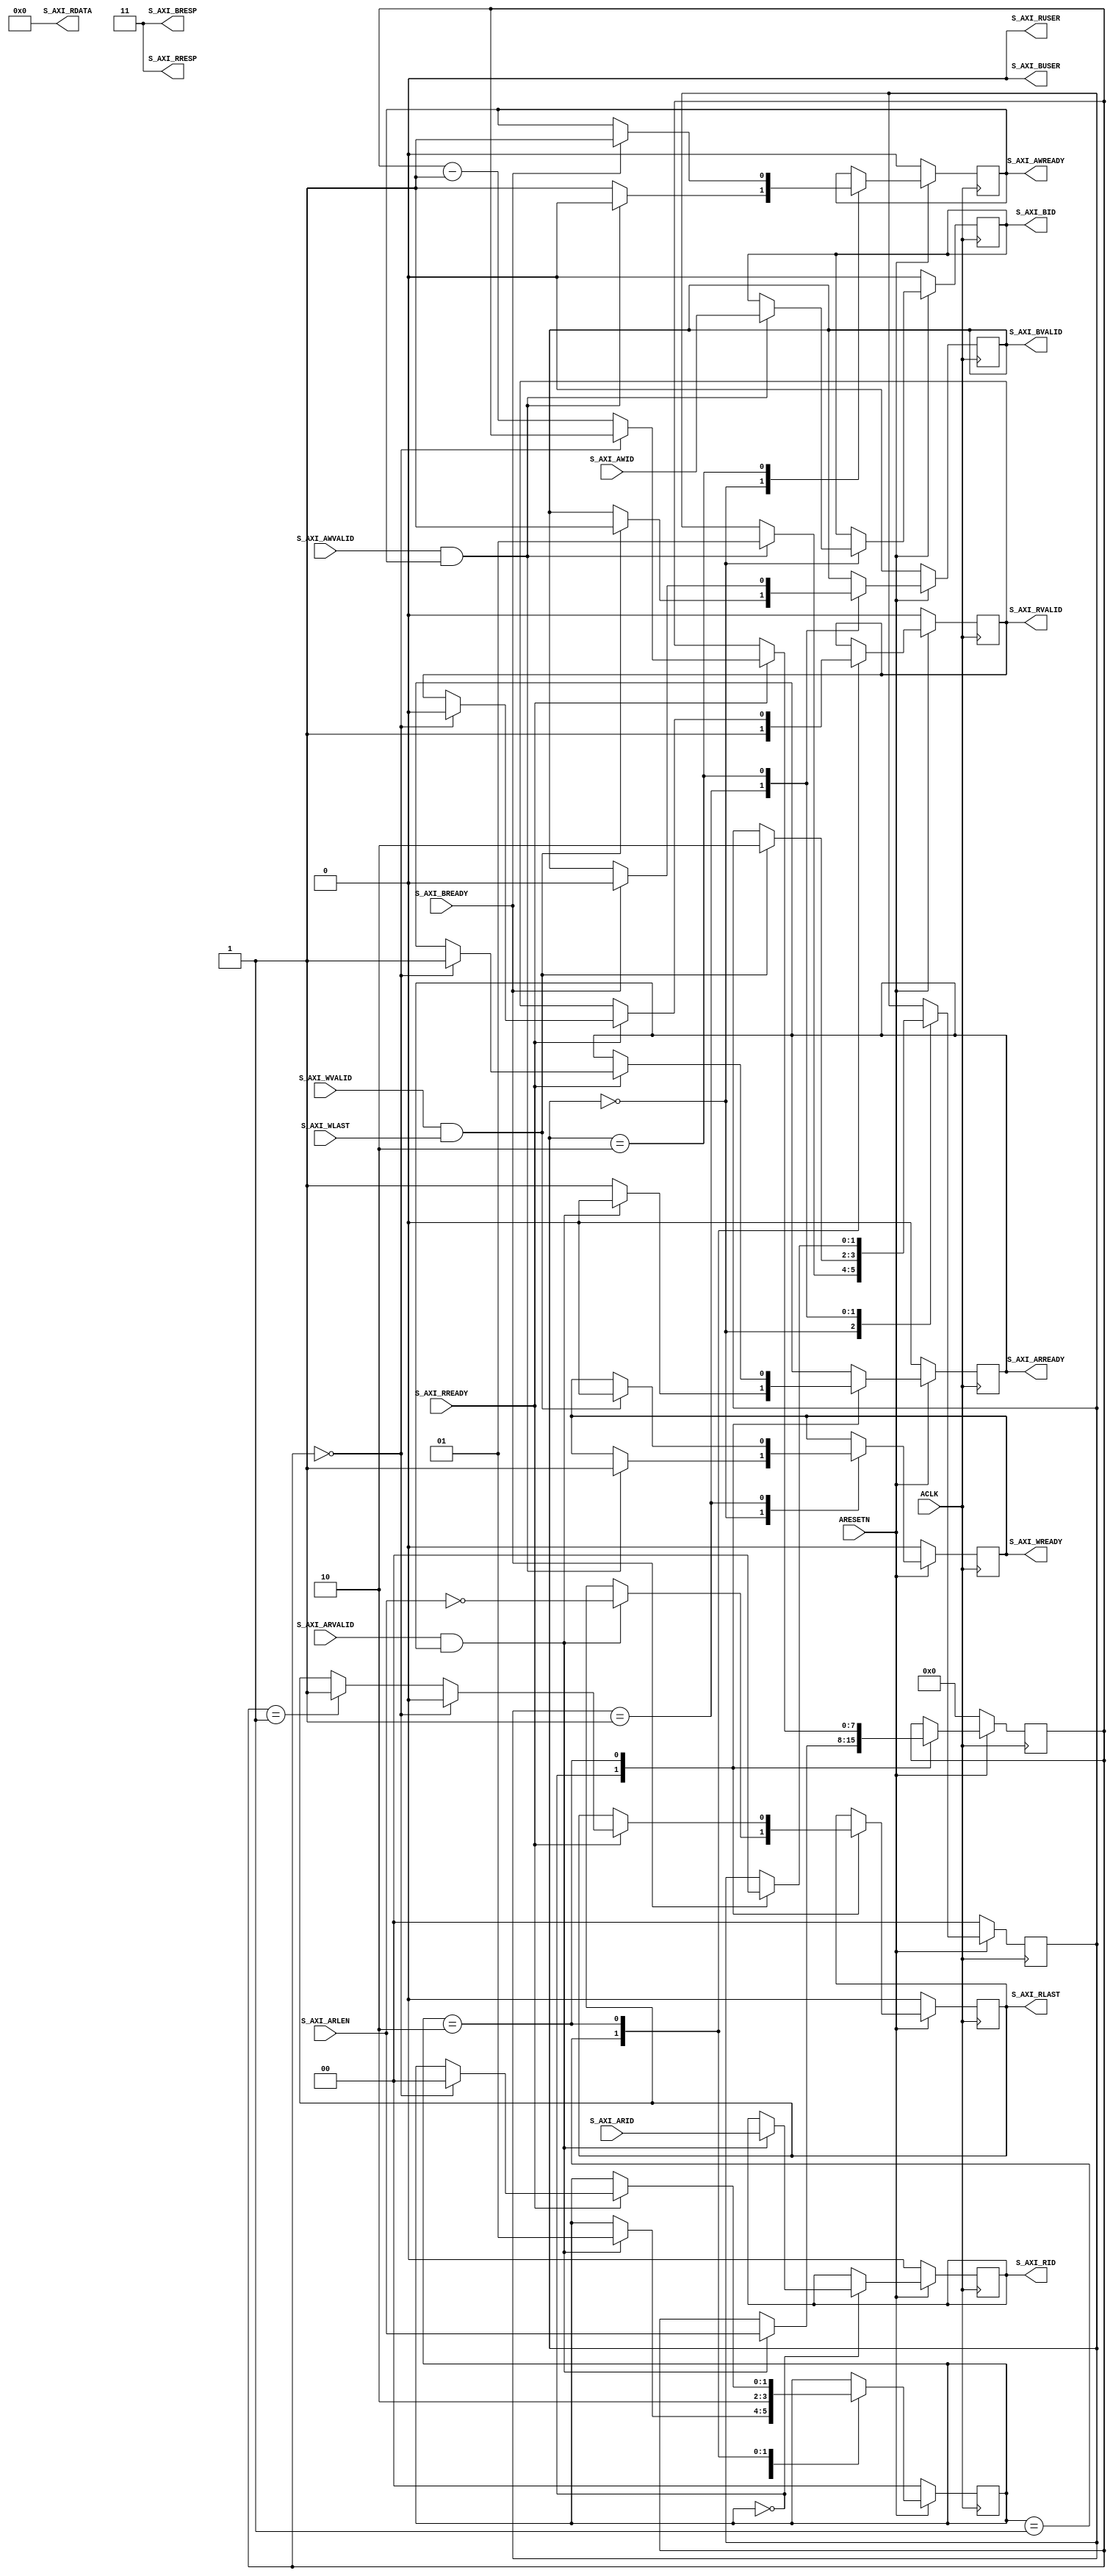
module axi_protocol_converter_v2_1_decerr_slave #
  (
   parameter integer C_AXI_ID_WIDTH           = 1,
   parameter integer C_AXI_DATA_WIDTH         = 32,
   parameter integer C_AXI_BUSER_WIDTH        = 1,
   parameter integer C_AXI_RUSER_WIDTH        = 1,
   parameter integer C_AXI_PROTOCOL           = 0,
   parameter integer C_RESP                   = 2'b11,
   parameter integer C_IGNORE_ID              = 0
   )
  (
   input   wire                                         ACLK,
   input   wire                                         ARESETN,
   input   wire [(C_AXI_ID_WIDTH-1):0]                  S_AXI_AWID,
   input   wire                                         S_AXI_AWVALID,
   output  wire                                         S_AXI_AWREADY,
   input   wire                                         S_AXI_WLAST,
   input   wire                                         S_AXI_WVALID,
   output  wire                                         S_AXI_WREADY,
   output  wire [(C_AXI_ID_WIDTH-1):0]                  S_AXI_BID,
   output  wire [1:0]                                   S_AXI_BRESP,
   output  wire [C_AXI_BUSER_WIDTH-1:0]                 S_AXI_BUSER,
   output  wire                                         S_AXI_BVALID,
   input   wire                                         S_AXI_BREADY,
   input   wire [(C_AXI_ID_WIDTH-1):0]                  S_AXI_ARID,
   input   wire [((C_AXI_PROTOCOL == 1) ? 4 : 8)-1:0]   S_AXI_ARLEN,
   input   wire                                         S_AXI_ARVALID,
   output  wire                                         S_AXI_ARREADY,
   output  wire [(C_AXI_ID_WIDTH-1):0]                  S_AXI_RID,
   output  wire [(C_AXI_DATA_WIDTH-1):0]                S_AXI_RDATA,
   output  wire [1:0]                                   S_AXI_RRESP,
   output  wire [C_AXI_RUSER_WIDTH-1:0]                 S_AXI_RUSER,
   output  wire                                         S_AXI_RLAST,
   output  wire                                         S_AXI_RVALID,
   input   wire                                         S_AXI_RREADY
   );
  reg s_axi_awready_i;
  reg s_axi_wready_i;
  reg s_axi_bvalid_i;
  reg s_axi_arready_i;
  reg s_axi_rvalid_i;
  localparam P_WRITE_IDLE = 2'b00;
  localparam P_WRITE_DATA = 2'b01;
  localparam P_WRITE_RESP = 2'b10;
  localparam P_READ_IDLE  = 2'b00;
  localparam P_READ_START = 2'b01;
  localparam P_READ_DATA  = 2'b10;
  localparam integer  P_AXI4 = 0;
  localparam integer  P_AXI3 = 1;
  localparam integer  P_AXILITE = 2;
  assign S_AXI_BRESP = C_RESP;
  assign S_AXI_RRESP = C_RESP;
  assign S_AXI_RDATA = {C_AXI_DATA_WIDTH{1'b0}};
  assign S_AXI_BUSER = {C_AXI_BUSER_WIDTH{1'b0}};
  assign S_AXI_RUSER = {C_AXI_RUSER_WIDTH{1'b0}};
  assign S_AXI_AWREADY = s_axi_awready_i;
  assign S_AXI_WREADY = s_axi_wready_i;
  assign S_AXI_BVALID = s_axi_bvalid_i;
  assign S_AXI_ARREADY = s_axi_arready_i;
  assign S_AXI_RVALID = s_axi_rvalid_i;
  generate
  if (C_AXI_PROTOCOL == P_AXILITE) begin : gen_axilite
    reg s_axi_rvalid_en;
    assign S_AXI_RLAST = 1'b1;
    assign S_AXI_BID = 0;
    assign S_AXI_RID = 0;
    always @(posedge ACLK) begin
      if (~ARESETN) begin
        s_axi_awready_i <= 1'b0;
        s_axi_wready_i <= 1'b0;
        s_axi_bvalid_i <= 1'b0;
      end else begin
        if (s_axi_bvalid_i) begin
          if (S_AXI_BREADY) begin
            s_axi_bvalid_i <= 1'b0;
            s_axi_awready_i <= 1'b1;
          end
        end else if (S_AXI_WVALID & s_axi_wready_i) begin
            s_axi_wready_i <= 1'b0;
            s_axi_bvalid_i <= 1'b1;
        end else if (S_AXI_AWVALID & s_axi_awready_i) begin
          s_axi_awready_i <= 1'b0;
          s_axi_wready_i <= 1'b1;
        end else begin
          s_axi_awready_i <= 1'b1;
        end
      end
    end
    always @(posedge ACLK) begin
      if (~ARESETN) begin
        s_axi_arready_i <= 1'b0;
        s_axi_rvalid_i <= 1'b0;
        s_axi_rvalid_en <= 1'b0;
      end else begin
        if (s_axi_rvalid_i) begin
          if (S_AXI_RREADY) begin
            s_axi_rvalid_i <= 1'b0;
            s_axi_arready_i <= 1'b1;
          end
        end else if (s_axi_rvalid_en) begin
          s_axi_rvalid_en <= 1'b0;
          s_axi_rvalid_i <= 1'b1;
        end else if (S_AXI_ARVALID & s_axi_arready_i) begin
          s_axi_arready_i <= 1'b0;
          s_axi_rvalid_en <= 1'b1;
        end else begin
          s_axi_arready_i <= 1'b1;
        end
      end
    end
  end else begin : gen_axi
    reg s_axi_rlast_i;
    reg [(C_AXI_ID_WIDTH-1):0] s_axi_bid_i;
    reg [(C_AXI_ID_WIDTH-1):0] s_axi_rid_i;
    reg [((C_AXI_PROTOCOL == 1) ? 4 : 8)-1:0] read_cnt;
    reg [1:0] write_cs;
    reg [1:0] read_cs;
    assign S_AXI_RLAST = s_axi_rlast_i;
    assign S_AXI_BID = C_IGNORE_ID ? 0 : s_axi_bid_i;
    assign S_AXI_RID = C_IGNORE_ID ? 0 : s_axi_rid_i;
    always @(posedge ACLK) begin
      if (~ARESETN) begin
        write_cs <= P_WRITE_IDLE;
        s_axi_awready_i <= 1'b0;
        s_axi_wready_i <= 1'b0;
        s_axi_bvalid_i <= 1'b0;
        s_axi_bid_i <= 0;
      end else begin
        case (write_cs)
          P_WRITE_IDLE:
            begin
              if (S_AXI_AWVALID & s_axi_awready_i) begin
                s_axi_awready_i <= 1'b0;
                if (C_IGNORE_ID == 0) s_axi_bid_i <= S_AXI_AWID;
                s_axi_wready_i <= 1'b1;
                write_cs <= P_WRITE_DATA;
              end else begin
                s_axi_awready_i <= 1'b1;
              end
            end
          P_WRITE_DATA:
            begin
              if (S_AXI_WVALID & S_AXI_WLAST) begin
                s_axi_wready_i <= 1'b0;
                s_axi_bvalid_i <= 1'b1;
                write_cs <= P_WRITE_RESP;
              end
            end
          P_WRITE_RESP:
            begin
              if (S_AXI_BREADY) begin
                s_axi_bvalid_i <= 1'b0;
                s_axi_awready_i <= 1'b1;
                write_cs <= P_WRITE_IDLE;
              end
            end
        endcase
      end
    end
    always @(posedge ACLK) begin
      if (~ARESETN) begin
        read_cs <= P_READ_IDLE;
        s_axi_arready_i <= 1'b0;
        s_axi_rvalid_i <= 1'b0;
        s_axi_rlast_i <= 1'b0;
        s_axi_rid_i <= 0;
        read_cnt <= 0;
      end else begin
        case (read_cs)
          P_READ_IDLE:
            begin
              if (S_AXI_ARVALID & s_axi_arready_i) begin
                s_axi_arready_i <= 1'b0;
                if (C_IGNORE_ID == 0) s_axi_rid_i <= S_AXI_ARID;
                read_cnt <= S_AXI_ARLEN;
                s_axi_rlast_i <= (S_AXI_ARLEN == 0);
                read_cs <= P_READ_START;
              end else begin
                s_axi_arready_i <= 1'b1;
              end
            end
          P_READ_START:
            begin
              s_axi_rvalid_i <= 1'b1;
              read_cs <= P_READ_DATA;
            end
          P_READ_DATA:
            begin
              if (S_AXI_RREADY) begin
                if (read_cnt == 0) begin
                  s_axi_rvalid_i <= 1'b0;
                  s_axi_rlast_i <= 1'b0;
                  s_axi_arready_i <= 1'b1;
                  read_cs <= P_READ_IDLE;
                end else begin
                  if (read_cnt == 1) begin
                    s_axi_rlast_i <= 1'b1;
                  end
                  read_cnt <= read_cnt - 1;
                end
              end
            end
        endcase
      end
    end
  end
  endgenerate
endmodule